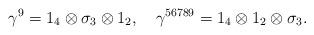
LaTeX: \begin{align*}\gamma ^9=1_4\otimes \sigma _3\otimes 1_2,\quad \gamma ^{56789}=1_4\otimes1_2\otimes \sigma _3. \end{align*}